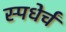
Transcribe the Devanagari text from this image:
स्पधेर्चं